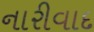
નારીવાદ